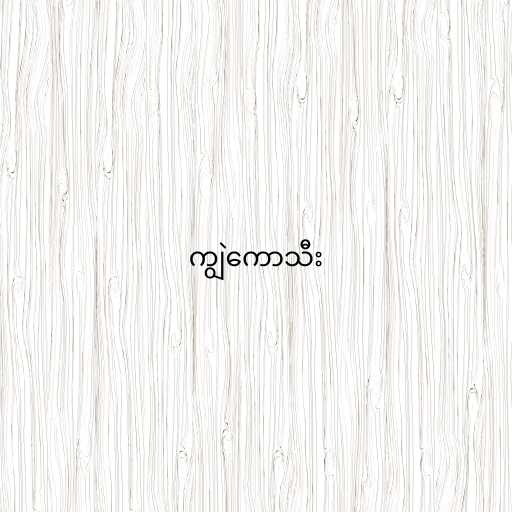
ကျွဲကောသီး